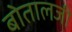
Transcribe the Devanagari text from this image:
बोतालजी